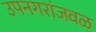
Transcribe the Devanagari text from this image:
उपनगरांजवळ